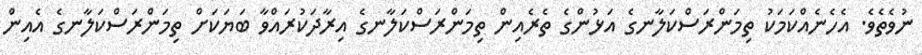
ނުވެތެވެ. އެހެނެއްކަމަކު ތިމަންރަސްކަލާނގެ އަޅުންގެ ތެރެއިން ތިމަންރަސްކަލާނގެ އިރާދަކުރައްވާ ބަޔަކަށް ތިމަންރަސްކަލާނގެ އެއިން